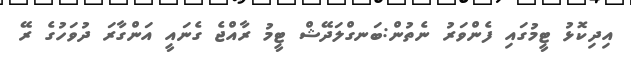
އިދިކޮޅު ޓީމުގައި ފެންވަރު ނެތުން:ބަނގްލަދޭޝް ޓީމު ރާއްޖެ ގެނައީ އަންގާރަ ދުވަހުގެ ރޭ